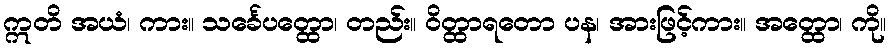
ဣတိ အယံ၊ ကား။ သင်္ခေပတ္ထော၊ တည်း။ ဝိတ္ထာရတော ပန၊ အားဖြင့်ကား။ အတ္ထော၊ ကို။